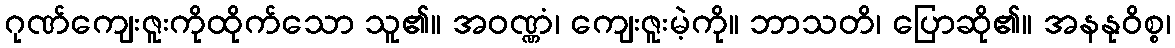
ဂုဏ်ကျေးဇူးကိုထိုက်သော သူ၏။ အဝဏ္ဏံ၊ ကျေးဇူးမဲ့ကို။ ဘာသတိ၊ ပြောဆို၏။ အနနုဝိစ္စ၊